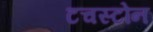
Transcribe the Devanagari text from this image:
टचस्‍टोन